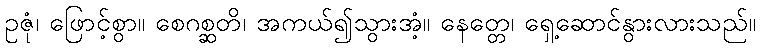
ဥဇုံ၊ ဖြောင့်စွာ။ စေဂစ္ဆတိ၊ အကယ်၍သွားအံ့။ နေတ္တေ၊ ရှေ့ဆောင်နွားလားသည်။